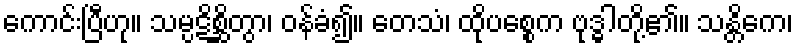
ကောင်းပြီဟု။ သမ္ပဋိစ္ဆိတွာ၊ ဝန်ခံ၍။ တေသံ၊ ထိုပစ္စေက ဗုဒ္ဓါတို့၏။ သန္တိကေ၊